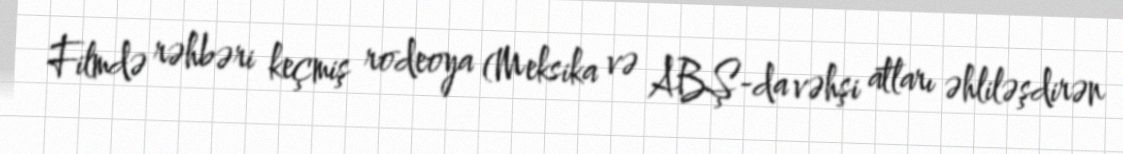
Filmdə rəhbəri keçmiş rodeoya (Meksika və ABŞ-da vəhşi atları əhliləşdirən